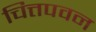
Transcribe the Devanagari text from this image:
चित्तपवन